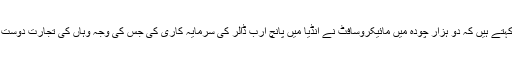
خرم شہزاد کہتے ہیں کہ دو ہزار چودہ میں مائیکروسافٹ نے انڈیا میں پانچ ارب ڈالر کی سرمایہ کاری کی جس کی وجہ وہاں کی تجارت دوست پالیسی تھی۔